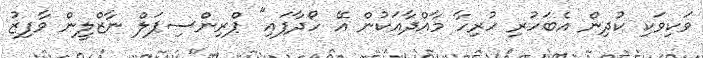
ވަކިވަކި ކުދިން އެބަހުރި ހުރިހާ މާއްދާއަކުން އޭ ހޯދާފައި" ޕްރިންސިޕަލް ނާޒްލީން ވާފިޒު